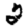
Digit: 2